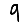
Digit: 9